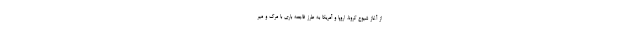
از آغاز شیوع کرونا، اروپا و آمریکا به طرز فاجعه باری با مرگ و میر